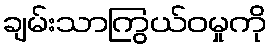
ချမ်းသာကြွယ်ဝမှုကို